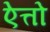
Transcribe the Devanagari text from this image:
ऐत्तो